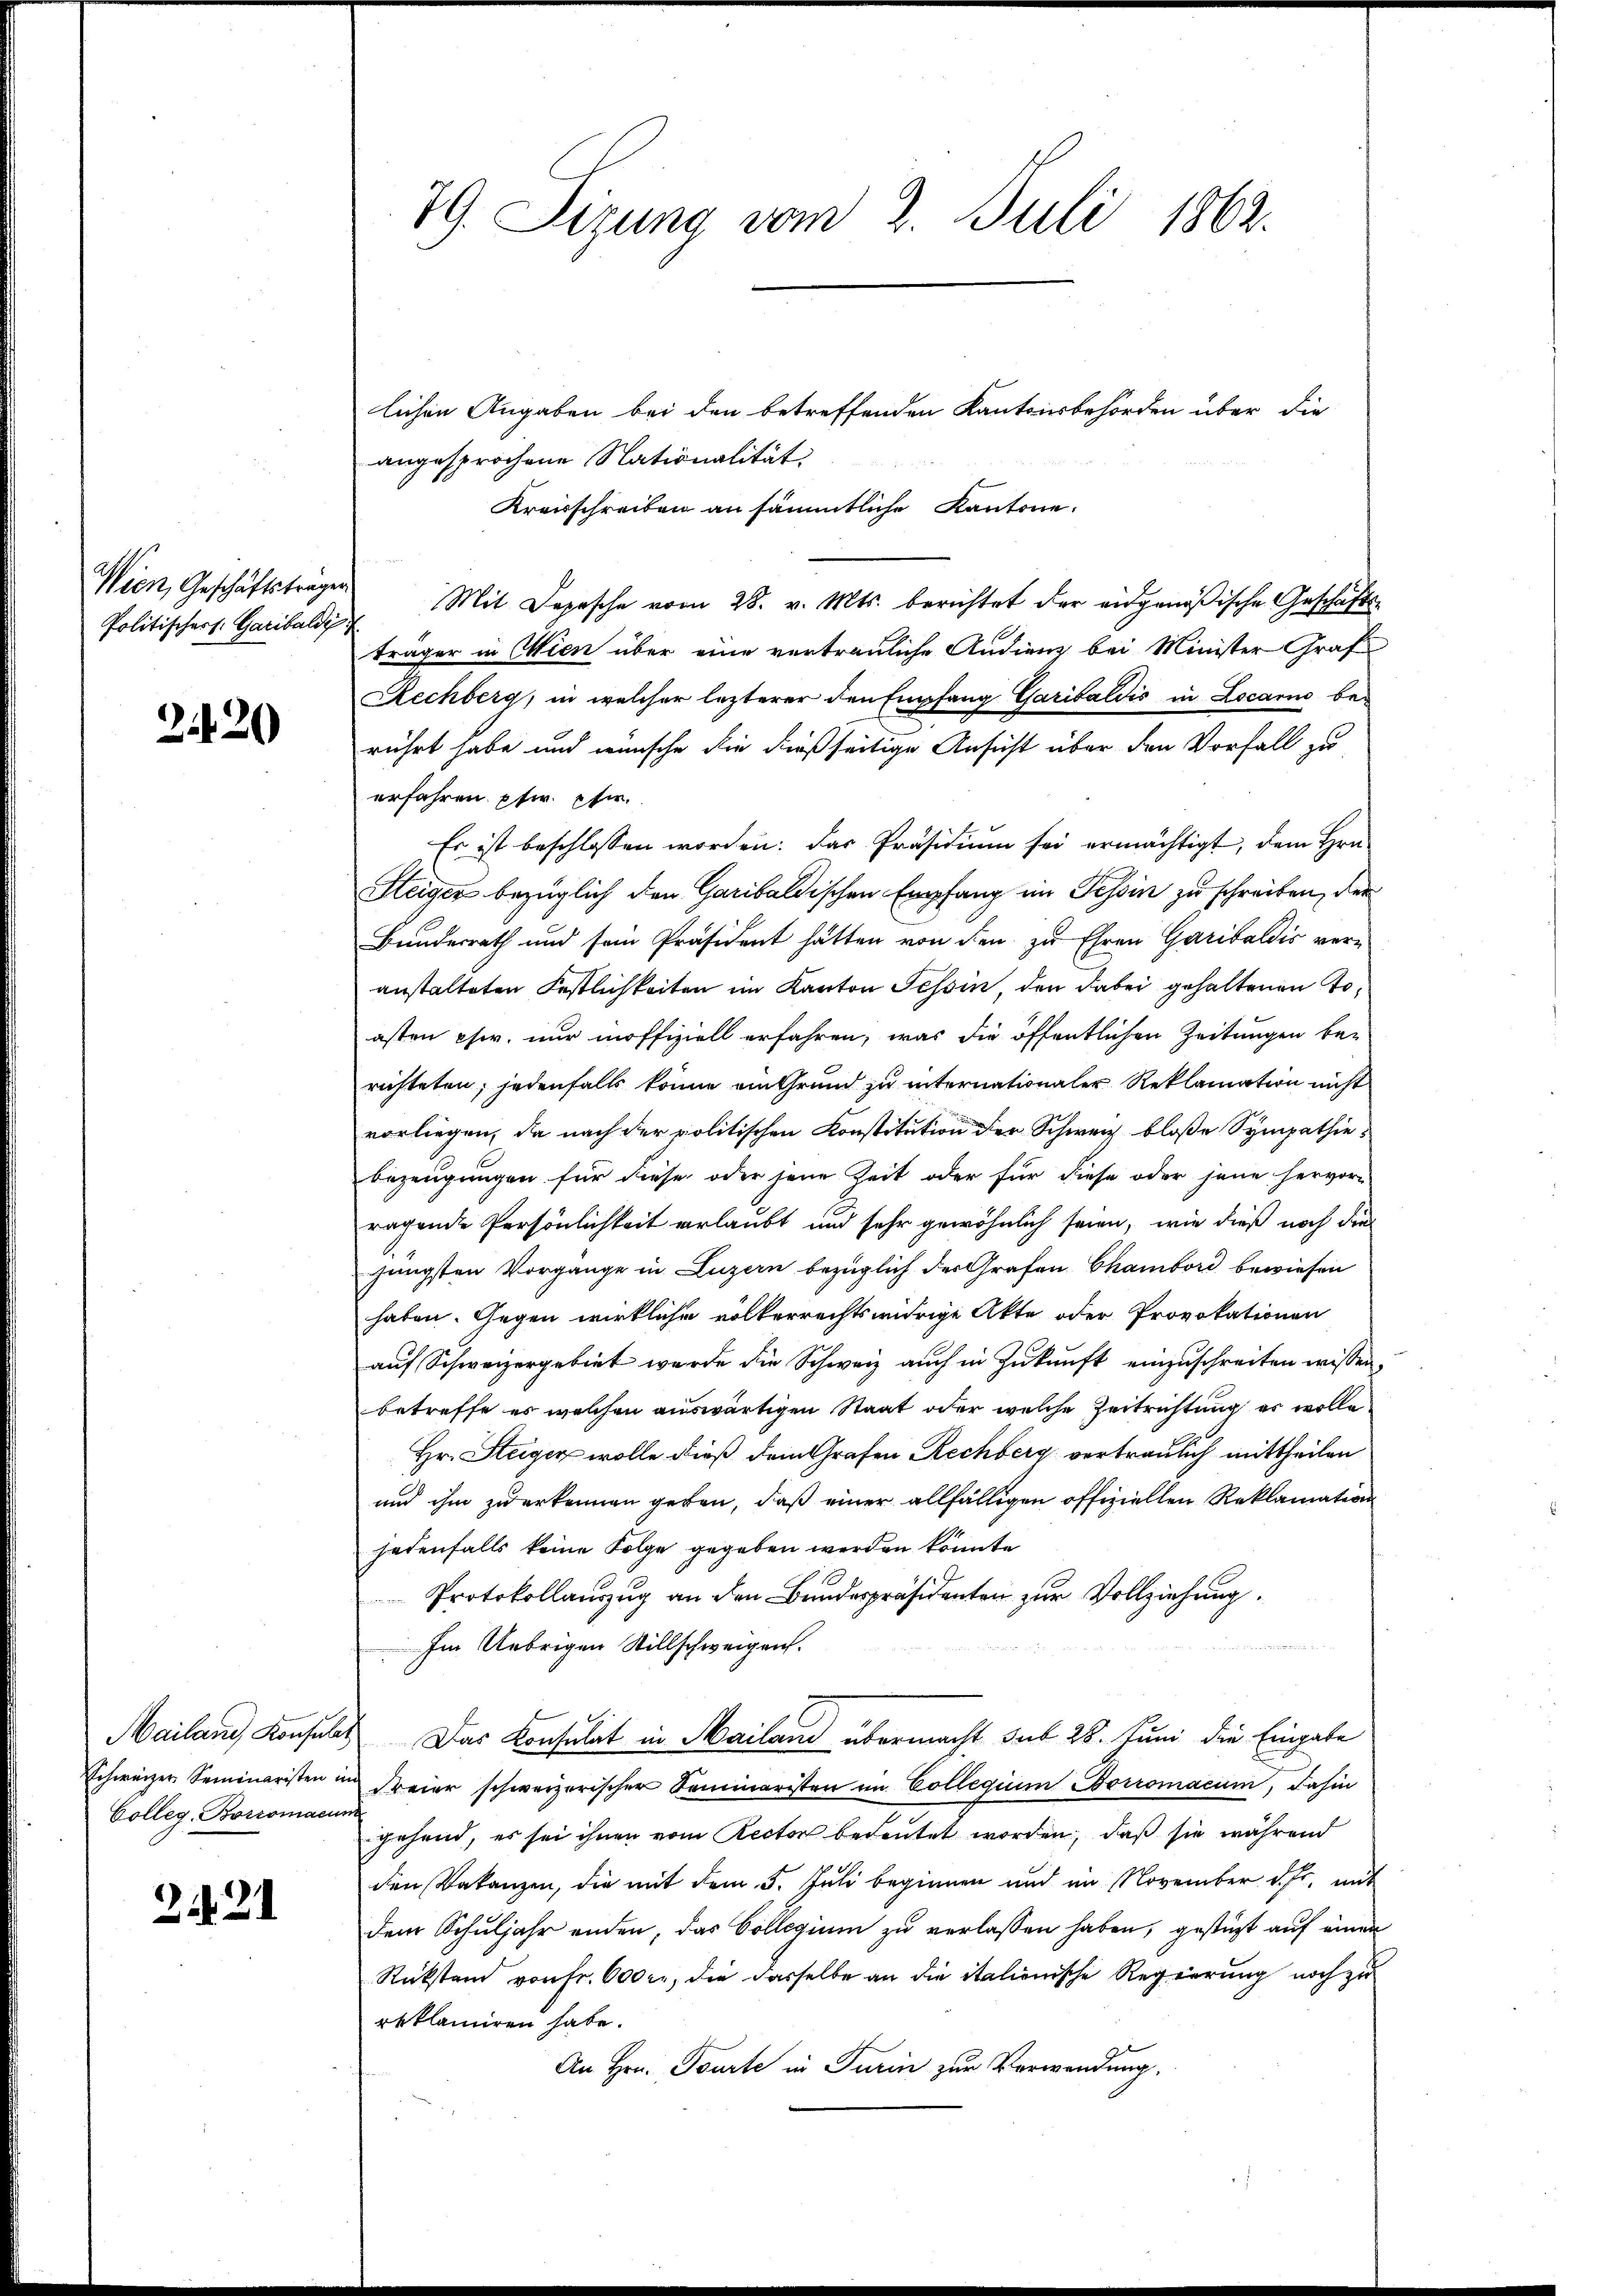
Wien, Geschäftsträge
Politischers. Garibaldi

2420

Mailand Konsular
Schweizer Seminaristen in
Colleg, Boromacum

22

79. Sizung vom 2. Juli 1862.

lichen Angaben bei den betreffenden Kantonsbehörden über die
angesprochene Nationalität.
Kreisschreiben an sämmtliche Kantone.
Mit Depesche vom 28. v. Mts. berichtet der eidgenößische Geschäftsträger in Wien über eine vertrauliche Audienz bei Minister Graf
Rechberg, in welcher lezterer den Empfang Garibaldis in Locario berührt habe und wünsche die dießseitige Ansicht über den Vorfall zu
erfahren pfir. Eher.
Es ist beschlossen worden. Das Präsidiŭm sei ermächtigt, dem Hrn.
Steiger bezüglich den Garibaldischen Empfang im Tessin zu schreiben, der
Bundesrath und sein Präsident hätten von den zu Ehren Garibaldis ver-
anstalteten Festlichkeiten im Kanton Tessin, den dabei gehaltenen Toasten chir. nur moffiziell erfahren, was die öffentlichen Zeitungen be-
richteten; jedenfalls könne ein Grund zu internationaler Reklamation nicht
vorliegen, da nach der politischen Konstitution der Schweiz bloße Sympathiebezeugungen für diese oder jene Zeit oder für diese oder jene hervor-
ragende Persönlichkeit verlaubt und sehr gewöhnlich seien, wie dieß noch die
jüngsten Vorgange in Luzern bezüglich der Grafen Chambord bewiesen
haben. Gegen wirkliche volkerrechtswidrige Akte oder Provokationen
auf Schweizergebiet wurde die Schweiz auch in Zukunft einzuschreiten wissen,
betreffe es welchen auswärtigen Staat oder welche Zeitrichtung es wolle
Hr. Steigen wolle dieß dem Grafen Rechberg vertraulich mittheilen
und ihm zu erkennen geben, daß einer allfälligen offiziellen Reklamation
jedenfalls keine Folge gegeben werden könnte
Protokollauszug an den Bundespräsidenten zur Vollziehung.

Im Uebrigen Stillschweigen.
Das Konsulat in Mailand übermacht sub 28. Juni die Eingabe
Freier schweizerischer Seminaristen im Collegium Borromacum, dahin
gehend, es sei ihnen vom Rector bedeutet worden, daß sie während
den Vakanzen, die mit dem 5. Juli beginnen und im November d. fr. mit
dem Schuljahr enden, das Collegium zu verlassen haben, gestüzt auf einen
Rückstand von Fr. 600 l., die dasselbe an die italienische Regierung noch zu
reklamiren habe.
An Hrn. Tourte in Turin zur Verwendung.